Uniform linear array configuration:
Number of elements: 12
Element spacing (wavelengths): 1
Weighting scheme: uniform
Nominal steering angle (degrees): -60
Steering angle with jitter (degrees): -61.268
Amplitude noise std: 0.05
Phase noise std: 0.05

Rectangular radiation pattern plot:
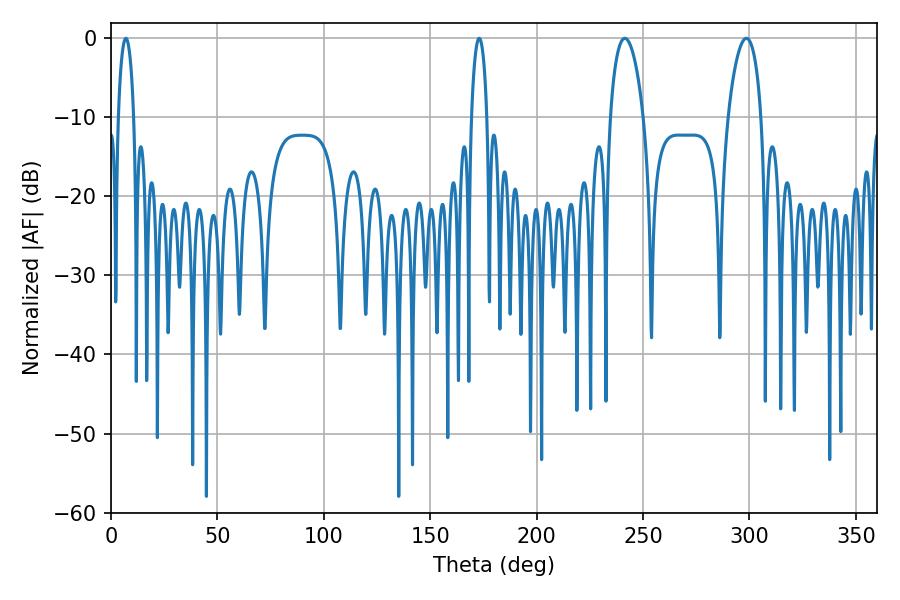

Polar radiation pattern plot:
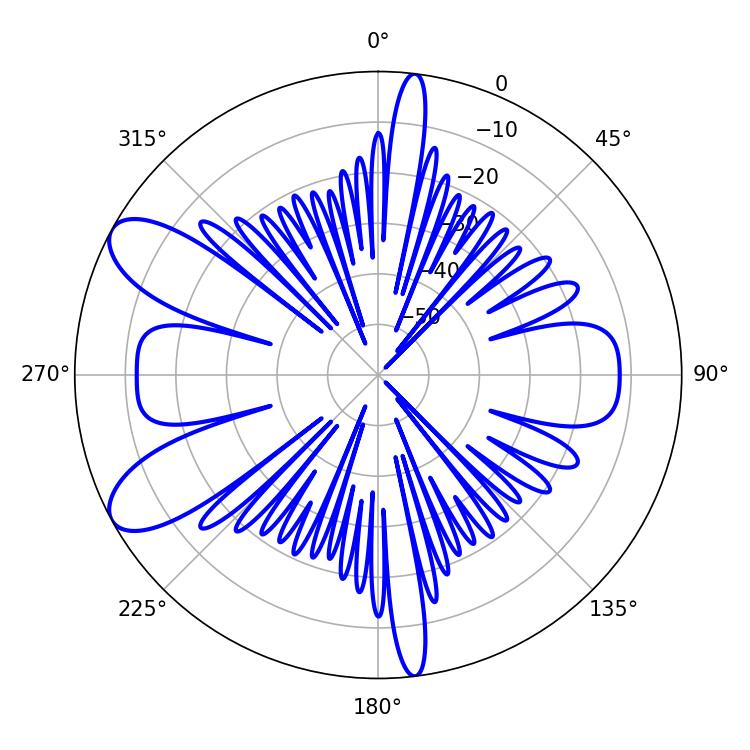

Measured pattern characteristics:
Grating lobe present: TRUE
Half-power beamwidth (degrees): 8.82
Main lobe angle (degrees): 298.62